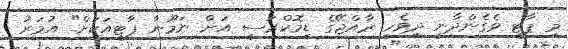
މި ޕާޓީ ވެގެންދާނީ ދިވެހި ރާއްޖޭގެ ޑިމޮކްރަސީ އަށް ނަމޫނާ ޕާޓީއަކަށް" އުމަރު